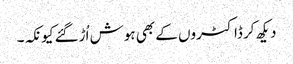
دیکھ کر ڈاکٹروں کے بھی ہوش اُڑگئے کیونکہ۔